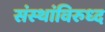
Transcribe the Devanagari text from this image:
संस्थांविरुध्द